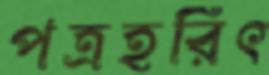
পত্রহরিৎ